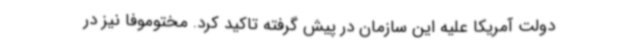
دولت آمریکا علیه این سازمان در پیش گرفته تاکید کرد. مختوموفا نیز در